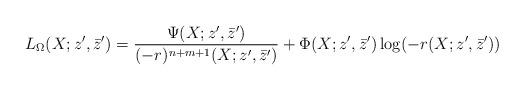
LaTeX: \begin{align*}L_{\Omega}(X;z^{\prime},\bar{z}^{\prime})=\frac{\Psi(X;z^{\prime},\bar{z}^{\prime})}{(-r)^{n+m+1}(X;z^{\prime},\bar{z}^{\prime})}+\Phi(X;z^{\prime},\bar{z}^{\prime})\log (-r(X;z^{\prime},\bar{z}^{\prime}))\end{align*}